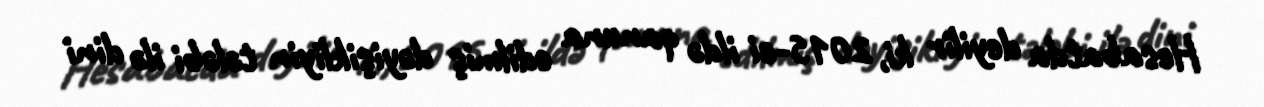
Hesabatda deyilir ki, 2015-ci ildə qanuna edilmiş dəyişikliyin tələbi ilə dini